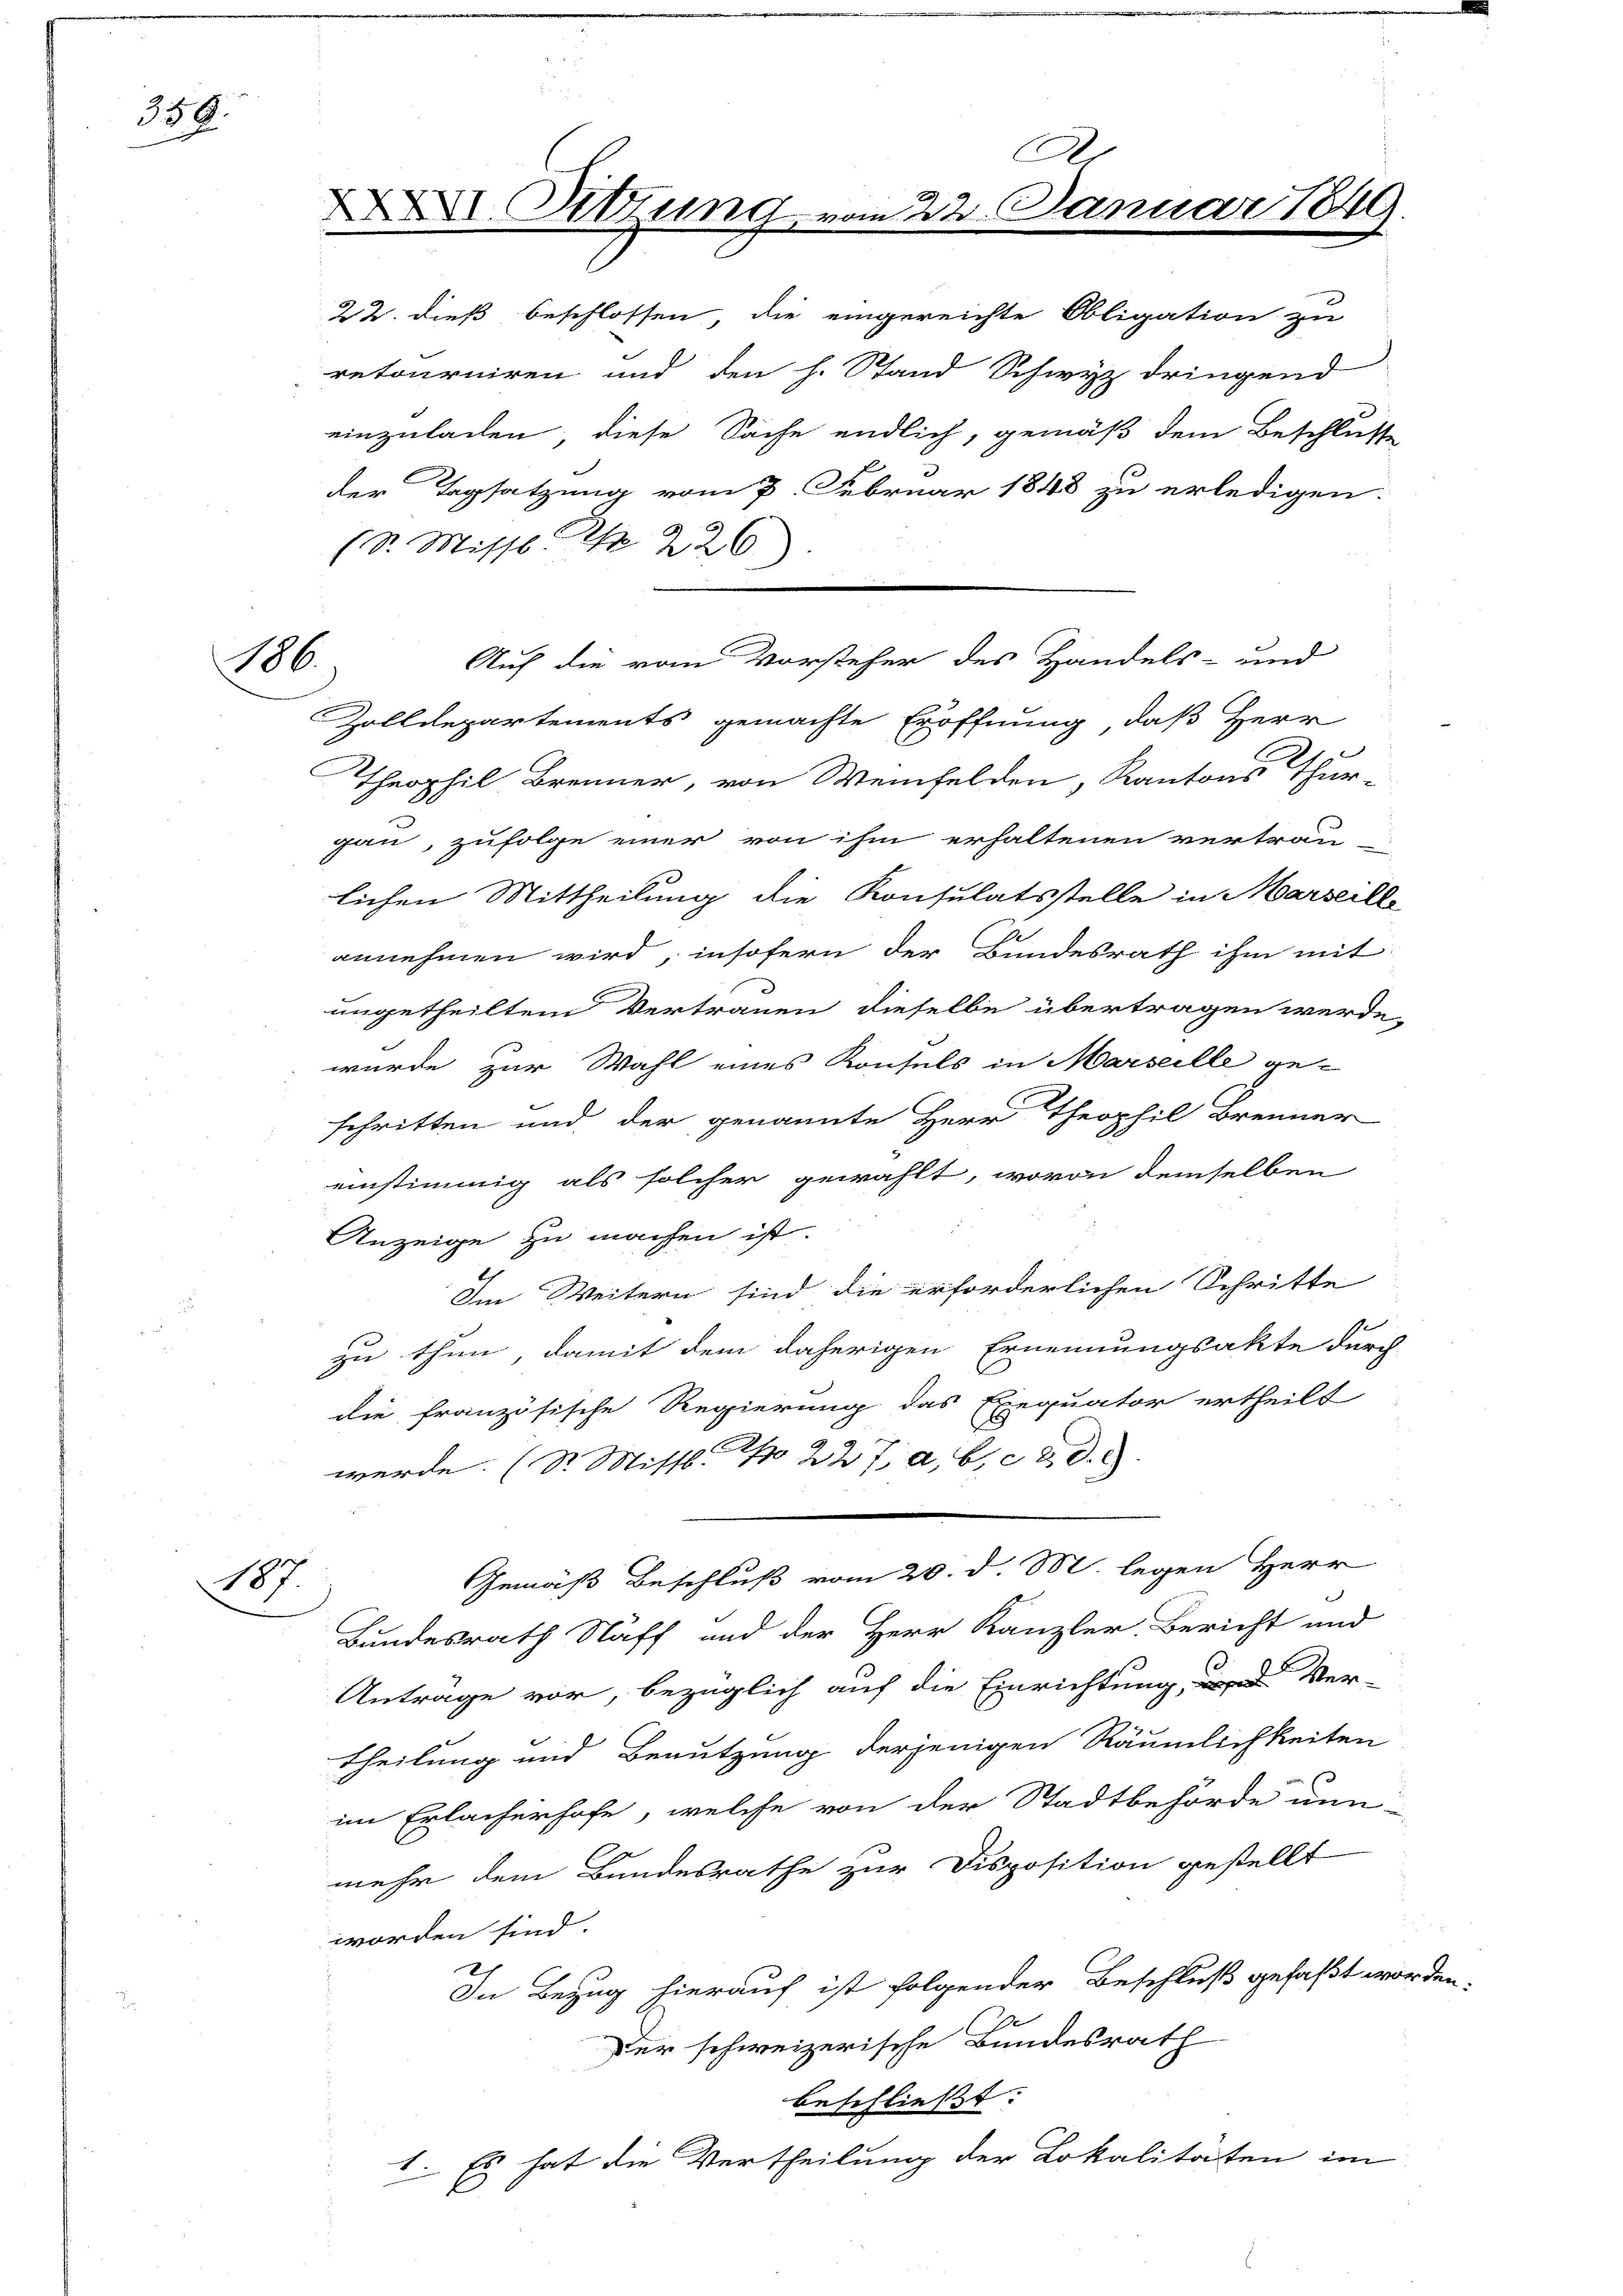
356.

186.

187

22. dieß beschlossen, die eingereichte Obligation zu
retourniren und den h. Stand Schwyz dringend
einzuladen, diese Sache endlich, gemäß dem Beschlusse
der Tagsatzung vom 7. Februar 1848 zu erledigen:
(S. Missl Nr. 226.
Zolldepartements gemachte Eröffnung, daß Herr
Theophil Brenner, von Weinfelden, Kantons Thur-
gan, zufolge einer von ihm erhaltenen vertraulichen Mittheilung die Konsulatsstelle in Marseille
e
annehmen wird, insofern der Bundesrath ihm mit
ungetheiltem Vertrauen dieselbe übertragen werde,
wurde zur Wahl eines Konsuls in Marseille geschritten und der genannte Herr Theophil Brenner
einstimmig als solcher gewählt, wovon demselben
Anzeige zu machen ist.
Im Weitern sind die erforderlichen Schritte
zu thun, damit dem daherigen Ernennungsakte durch
die französische Regierung das Exequator ertheilt
werde. (St. Mittl. I 227, a, b, c 2. d.
Gemäß Beschluß vom 20. d. M. legen Herr
Bundesrath Näff und der Herr Kanzler Bericht und
Antrage vor, bezüglich auf die Einrichtung, und Ver-
Theilung und Benutzung derjenigen Räumlichkeiten
im Erlacherhofe, welche von der Stadtbehörde nun-
mehr dem Bundesrathe zur Disposition gestellt
worden sind.
In Bezug hierauf ist folgender Beschluß gefaßt worden.
1
Der schweizerische Bundesrath
beschließt:
1. Es hat die Vertheilung der Lokalitäten im

.
II Tittung vom 22. Janu
A

Auf die vom Vorsteher des Handels- und

i 1849